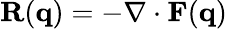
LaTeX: \mathbf{R}(\mathbf{q})=-\nabla\cdot\mathbf{F}(\mathbf{q})